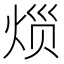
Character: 𱫐